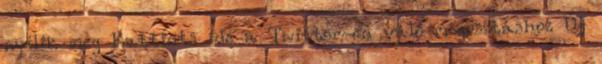
nyílik meg Kattints ide a Twitter-en való megosztáshoz Új